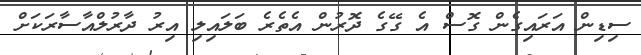
ސިޑިން އަރައިގެން ގޮސް އެ ގޭގެ ދޮރުން އެތެރެ ބަލައިލި އިރު ދާރުލްއާސާރަކަށް